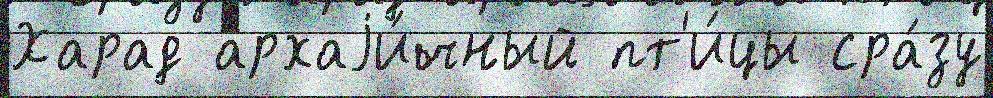
Харад архаjи́чный пт'и́цы сра́зу